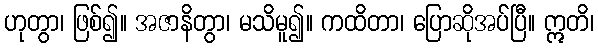
ဟုတွာ၊ ဖြစ်၍။ အဇာနိတွာ၊ မသိမူ၍။ ကထိတာ၊ ပြောဆိုအပ်ပြီ။ ဣတိ၊